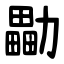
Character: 㔣